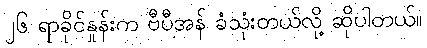
၂၆ ရာခိုင်နှုန်းက ဗီပီအန် ခံသုံးတယ်လို့ ဆိုပါတယ်။